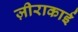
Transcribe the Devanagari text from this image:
ज़ीराकाई